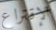
الإقتراع